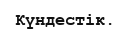
Күндестік.